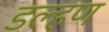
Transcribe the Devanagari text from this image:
डल्हण